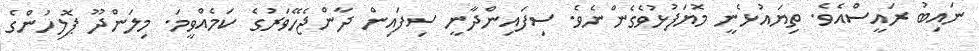
ނައިބު ރައީސްއެވެ. ތިޔައުޅެނީ މޮޔަފުޅުވެގެންނެވެ. ސިފައިންދާނީ ސިފައިން ދާންޖެހޭވަރުގެ ކަމެއްވީމަ. މިލަންދޫ ޕޮލިހުންގެ